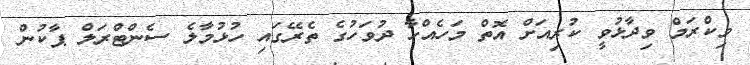
ވިކްރަމް ވިދާޅުވީ ކުރިއަށް އޮތް މަހެއްހާ ދުވަހުގެ ތެރޭގައި ހުޅުމާލެ ސެންޓްރަލް ޕާކުން